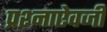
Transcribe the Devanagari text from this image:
प्रश्नाऐवजी